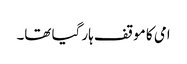
امی کا موقف ہار گیا تھا۔